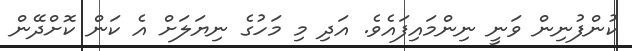
ކުންފުނިން ވަނީ ނިންމައިފައެވެ. އަދި މި މަހުގެ ނިޔަލަށް އެ ކަން ކޮށްދޭން